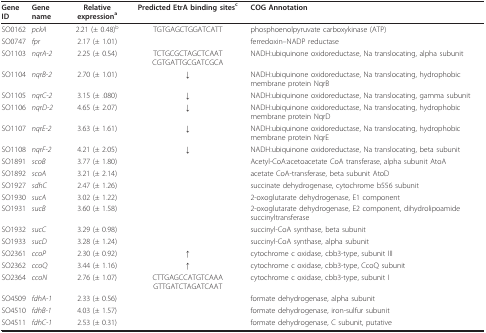
<table><thead><tr><td><b>Gene ID</b></td><td><b>Gene name</b></td><td><b>Relative expression<sup>a</sup></b></td><td><b>Predicted EtrA binding sites<sup>c</sup></b></td><td><b>COG Annotation</b></td></tr></thead><tbody><tr><td>SO0162</td><td><i>pckA</i></td><td>2.21 (± 0.48)<sup>b</sup></td><td>TGTGAGCTGGATCATT</td><td>phosphoenolpyruvate carboxykinase (ATP)</td></tr><tr><td>SO0747</td><td><i>fpr</i></td><td>2.17 (± 1.01)</td><td>[EMPTY_CELL]</td><td>ferredoxin--NADP reductase</td></tr><tr><td>SO1103</td><td><i>nqrA-2</i></td><td>2.25 (± 0.54)</td><td>TCTGCGCTAGCTCAAT CGTGATTGCGATCGCA</td><td>NADH:ubiquinone oxidoreductase, Na translocating, alpha subunit</td></tr><tr><td>SO1104</td><td><i>nqrB-2</i></td><td>2.70 (± 1.01)</td><td>↓</td><td>NADH:ubiquinone oxidoreductase, Na translocating, hydrophobic membrane protein NqrB</td></tr><tr><td>SO1105</td><td><i>nqrC-2</i></td><td>3.15 (± .080)</td><td>↓</td><td>NADH:ubiquinone oxidoreductase, Na translocating, gamma subunit</td></tr><tr><td>SO1106</td><td><i>nqrD-2</i></td><td>4.65 (± 2.07)</td><td>↓</td><td>NADH:ubiquinone oxidoreductase, Na translocating, hydrophobic membrane protein NqrD</td></tr><tr><td>SO1107</td><td><i>nqrE-2</i></td><td>3.63 (± 1.61)</td><td>↓</td><td>NADH:ubiquinone oxidoreductase, Na translocating, hydrophobic membrane protein NqrE</td></tr><tr><td>SO1108</td><td><i>nqrF-2</i></td><td>4.21 (± 2.05)</td><td>↓</td><td>NADH:ubiquinone oxidoreductase, Na translocating, beta subunit</td></tr><tr><td>SO1891</td><td><i>scoB</i></td><td>3.77 (± 1.80)</td><td>[EMPTY_CELL]</td><td>Acetyl-CoA:acetoacetate CoA transferase, alpha subunit AtoA</td></tr><tr><td>SO1892</td><td><i>scoA</i></td><td>3.21 (± 2.14)</td><td>[EMPTY_CELL]</td><td>acetate CoA-transferase, beta subunit AtoD</td></tr><tr><td>SO1927</td><td><i>sdhC</i></td><td>2.47 (± 1.26)</td><td>[EMPTY_CELL]</td><td>succinate dehydrogenase, cytochrome b556 subunit</td></tr><tr><td>SO1930</td><td><i>sucA</i></td><td>3.02 (± 1.22)</td><td>[EMPTY_CELL]</td><td>2-oxoglutarate dehydrogenase, E1 component</td></tr><tr><td>SO1931</td><td><i>sucB</i></td><td>3.60 (± 1.58)</td><td>[EMPTY_CELL]</td><td>2-oxoglutarate dehydrogenase, E2 component, dihydrolipoamide succinyltransferase</td></tr><tr><td>SO1932</td><td><i>sucC</i></td><td>3.29 (± 0.98)</td><td>[EMPTY_CELL]</td><td>succinyl-CoA synthase, beta subunit</td></tr><tr><td>SO1933</td><td><i>sucD</i></td><td>3.28 (± 1.24)</td><td>[EMPTY_CELL]</td><td>succinyl-CoA synthase, alpha subunit</td></tr><tr><td>SO2361</td><td><i>ccoP</i></td><td>2.30 (± 0.92)</td><td>↑</td><td>cytochrome c oxidase, cbb3-type, subunit III</td></tr><tr><td>SO2362</td><td><i>ccoQ</i></td><td>3.44 (± 1.16)</td><td>↑</td><td>cytochrome c oxidase, cbb3-type, CcoQ subunit</td></tr><tr><td>SO2364</td><td><i>ccoN</i></td><td>2.76 (± 1.07)</td><td>CTTGAGCCATGTCAAA GTTGATCTAGATCAAT</td><td>cytochrome c oxidase, cbb3-type, subunit I</td></tr><tr><td>SO4509</td><td><i>fdhA-1</i></td><td>2.33 (± 0.56)</td><td>[EMPTY_CELL]</td><td>formate dehydrogenase, alpha subunit</td></tr><tr><td>SO4510</td><td><i>fdhB-1</i></td><td>4.03 (± 1.57)</td><td>[EMPTY_CELL]</td><td>formate dehydrogenase, iron-sulfur subunit</td></tr><tr><td>SO4511</td><td><i>fdhC-1</i></td><td>2.53 (± 0.31)</td><td>[EMPTY_CELL]</td><td>formate dehydrogenase, C subunit, putative</td></tr></tbody></table>